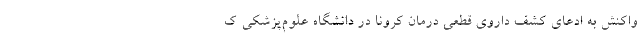
واکنش به ادعای کشف داروی قطعی درمان کرونا در دانشگاه علوم‌پزشکی ک